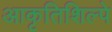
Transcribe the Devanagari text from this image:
आकृतिशिल्पे